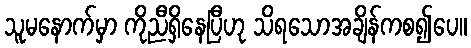
သူမနောက်မှာ ကိုညီရှိနေပြီဟု သိရသောအချိန်ကစ၍ပေ။